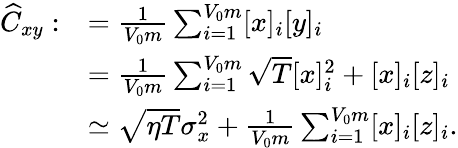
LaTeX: \begin{array}{rl}{\widehat{C}_{xy}:}&{=\frac{1}{V_{0}m}\sum_{i=1}^{V_{0}m}[x]_{i}[y]_{i}}\\ &{=\frac{1}{V_{0}m}\sum_{i=1}^{V_{0}m}\sqrt{T}[x]_{i}^{2}+[x]_{i}[z]_{i}}\\ &{\simeq\sqrt{\eta T}\sigma_{x}^{2}+\frac{1}{V_{0}m}\sum_{i=1}^{V_{0}m}[x]_{i}[z]_{i}.}\end{array}